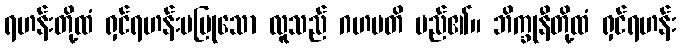
ရဟန်းတို့ထံ ရှင်ရဟန်းမပြုသော လူသည် ဂဟပတိ မည်၏။ ဘိက္ခုနီတို့ထံ ရှင်ရဟန်း